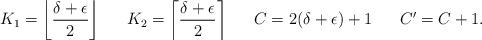
LaTeX: \begin{align*}K_1 = \left\lfloor \frac{\delta+\epsilon}{2} \right\rfloor && K_2 = \left\lceil \frac{\delta+\epsilon}{2} \right\rceil && C = 2(\delta+\epsilon) + 1 && C' = C+1.\end{align*}